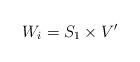
LaTeX: \begin{align*}W_{i}=S_{1}\times V'\end{align*}